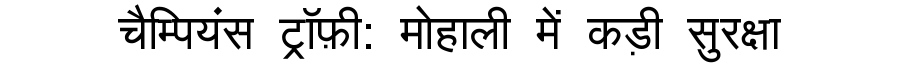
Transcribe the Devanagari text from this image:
चैम्पियंस ट्रॉफ़ी: मोहाली में कड़ी सुरक्षा